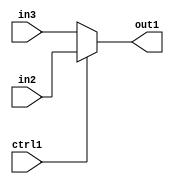
`timescale 1ps / 1ps
/*****************************************************************************
    Verilog RTL Description
    
    
    Created by: CellMath Designer 2019.1.01 
*******************************************************************************/

module fp_cmp_N_Mux_1_2_3_4_0 (
	in3,
	in2,
	ctrl1,
	out1
	); /* architecture "behavioural" */ 
input  in3,
	in2,
	ctrl1;
output  out1;
wire  asc001;

reg [0:0] asc001_tmp_0;
assign asc001 = asc001_tmp_0;
always @ (ctrl1 or in2 or in3) begin
	case (ctrl1)
		1'B1 : asc001_tmp_0 = in2 ;
		default : asc001_tmp_0 = in3 ;
	endcase
end

assign out1 = asc001;
endmodule

/* CADENCE  uLL3TAk= : u9/ySgnWtBlWxVPRXgAZ4Og= ** DO NOT EDIT THIS LINE ******/